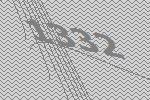
1332